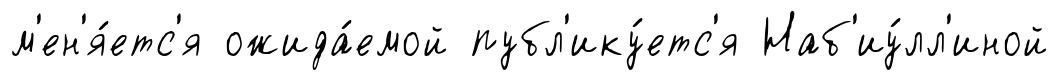
м'ен'я́етс'я ожида́емой публ'ику́етс'я Наб'иу́лл'иной